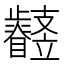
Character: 𣦳